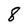
Character: 8